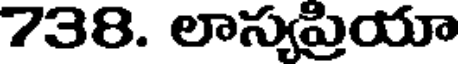
738. లాస్యప్రియా